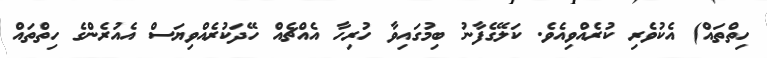
ހިތްތައް) އެކުވެރި ކުރެއްވިއެވެ. ކަލޭގެފާނު ބިމުގައިވާ ހުރިހާ އެއްޗެއް ހޭދަކުރެއްވިޔަސް އެއުރެންގެ ހިތްތައް